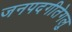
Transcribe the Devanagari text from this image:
जनपदगीतेगलु